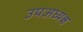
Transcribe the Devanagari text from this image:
उपअध्यक्ष